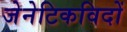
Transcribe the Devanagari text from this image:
जेनेटिकविदों